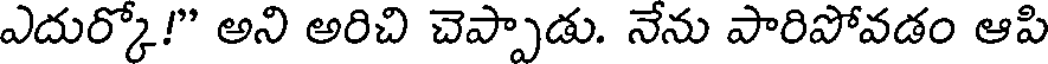
ఎదుర్కో!" అని అరిచి చెప్పాడు. నేను పారిపోవడం ఆపి